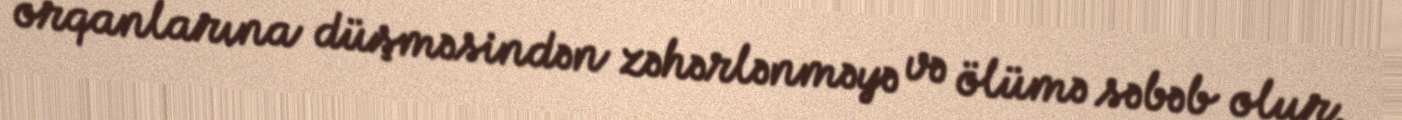
orqanlarına düşməsindən zəhərlənməyə və ölümə səbəb olur.